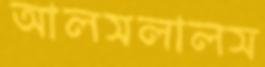
আলসলালস